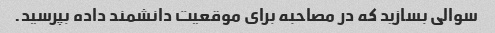
سوالی بسازید که در مصاحبه برای موقعیت دانشمند داده بپرسید.